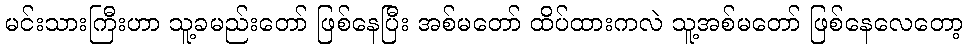
မင်းသားကြီးဟာ သူ့ခမည်းတော် ဖြစ်နေပြီး အစ်မတော် ထိပ်ထားကလဲ သူ့အစ်မတော် ဖြစ်နေလေတော့